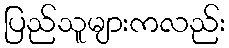
ပြည်သူများကလည်း